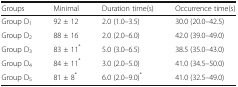
| Groups | Minimal | Duration time(s) | Occurrence time(s) |
 | --- | --- | --- | --- |
 | Group D1 | 92 ± 12 | 2.0 (1.0–3.5) | 30.0 (20.0–42.5) |
 | Group D2 | 88 ± 16 | 2.0 (2.0–6.0) | 42.0 (39.0–49.0) |
 | Group D3 | 83 ± 11* | 5.0 (3.0–6.5) | 38.5 (35.0–43.0) |
 | Group D4 | 84 ± 11* | 3.0 (2.0–5.0) | 41.0 (34.5–50.0) |
 | Group D5 | 81 ± 8* | 6.0 (2.0–9.0)* | 41.0 (32.5–49.0) |